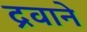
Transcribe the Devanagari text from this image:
द्रवाने